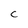
Character: C